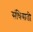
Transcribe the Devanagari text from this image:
संधिवाती